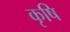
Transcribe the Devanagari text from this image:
कृषि